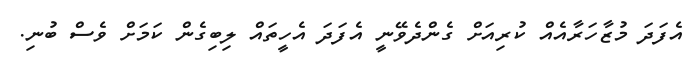
އެފަދަ މުޒާހަރާއެއް ކުރިއަށް ގެންދެވޭނީ އެފަދަ އެހީތައް ލިބިގެން ކަމަށް ވެސް ބުނި.